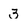
Character: 3